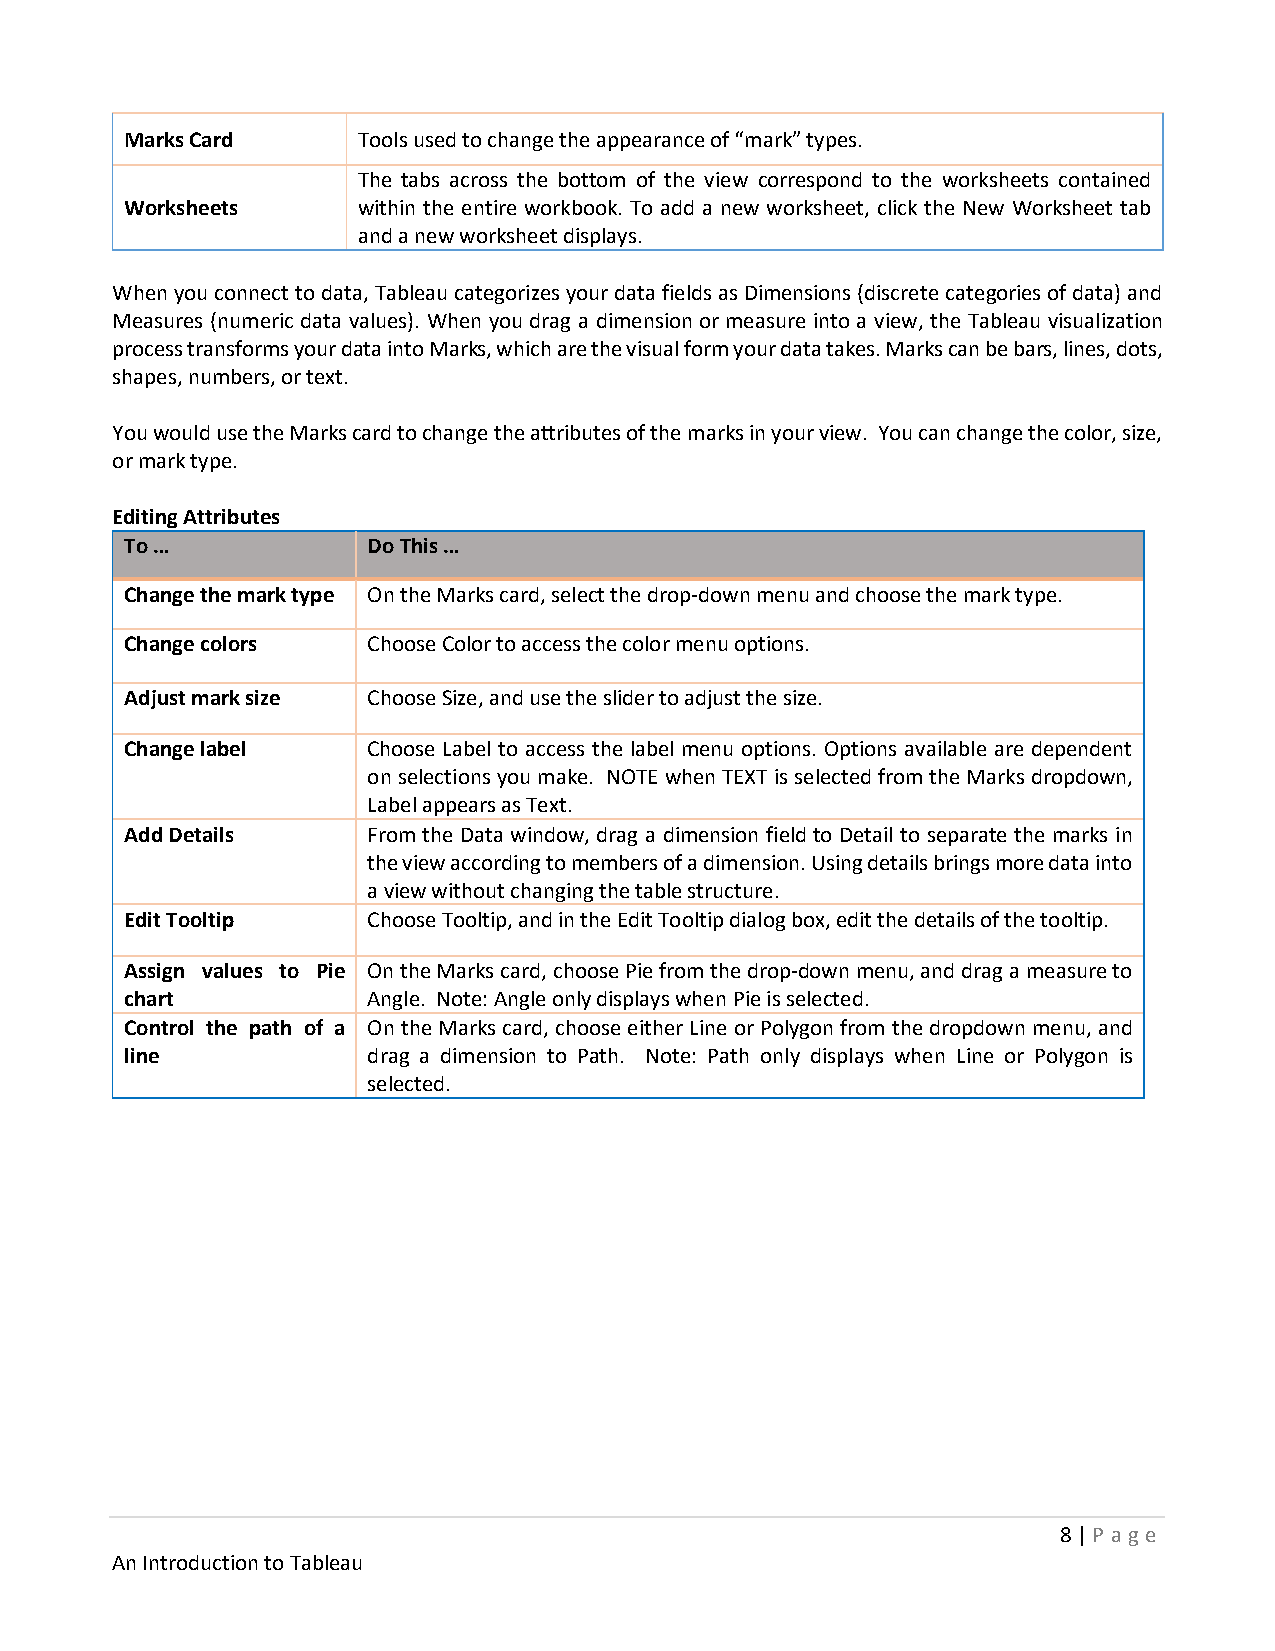
Marks Card      Tools used to change the appearance of “mark” types.
 The tabs across the bottom of the view correspond to the worksheets contained
 Worksheets      within the entire workbook. To add a new worksheet, click the New Worksheet tab
 and a new worksheet displays.
 When you connect to data, Tableau categorizes your data fields as Dimensions (discrete categories of data) and
 Measures (numeric data values). When you drag a dimension or measure into a view, the Tableau visualization
 process transforms your data into Marks, which are the visual form your data takes. Marks can be bars, lines, dots,
 shapes, numbers, or text.
 You would use the Marks card to change the attributes of the marks in your view. You can change the color, size,
 or mark type.
 Editing Attributes
 To …            Do This …
 Change the mark type On the Marks card, select the drop-down menu and choose the mark type.
 Change colors   Choose Color to access the color menu options.
 Adjust mark size Choose Size, and use the slider to adjust the size.
 Change label    Choose Label to access the label menu options. Options available are dependent
 on selections you make. NOTE when TEXT is selected from the Marks dropdown,
 Label appears as Text.
 Add Details     From the Data window, drag a dimension field to Detail to separate the marks in
 the view according to members of a dimension. Using details brings more data into
 a view without changing the table structure.
 Edit Tooltip    Choose Tooltip, and in the Edit Tooltip dialog box, edit the details of the tooltip.
 Assign values to Pie On the Marks card, choose Pie from the drop-down menu, and drag a measure to
 chart           Angle. Note: Angle only displays when Pie is selected.
 Control the path of a On the Marks card, choose either Line or Polygon from the dropdown menu, and
 line            drag a dimension to Path. Note: Path only displays when Line or Polygon is
 selected.
 8 | P age
 An Introduction to Tableau